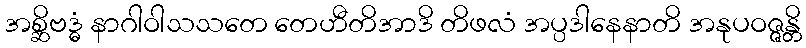
အစ္ဆိဗဒ္ဓံ နာဂါဝါသသတေ တေဟီတိအာဒိ တိဖလံ အပ္ပဒါနေနာတိ အနုပဝဇ္ဇန္တိ